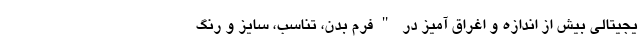
یجیتالی بیش از اندازه و اغراق آمیز در "فرم بدن، تناسب، سایز و رنگ